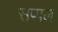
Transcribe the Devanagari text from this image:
सप्पल